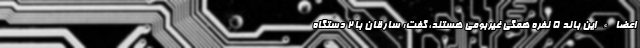
اعضاء این باند ۵ نفره همگی غیربومی هستند، گفت: سارقان با ۲ دستگاه